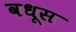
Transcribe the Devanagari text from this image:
वधूस